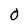
Character: O